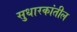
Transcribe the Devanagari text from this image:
सुधारकांतील